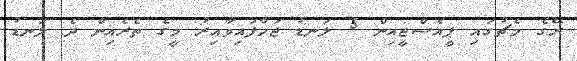
ރޭގެ މެޗުގައި ޕީއެސްޖީއިން 5 ލަނޑު ޖަހާފައިވާއިރު މީގެ ތެރެއިން ދެ ލަނޑު